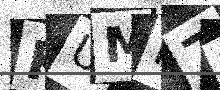
Text: KUMI7W